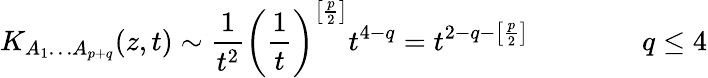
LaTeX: K_{A_{1}\ldots A_{p+q}}(z,t)\sim\frac{1}{t^{2}}\left(\frac{1}{t}\right)^{\left[\frac{p}{2}\right]}t^{4-q}=t^{2-q-\left[\frac{p}{2}\right]}\qquad\qquad q\leq 4